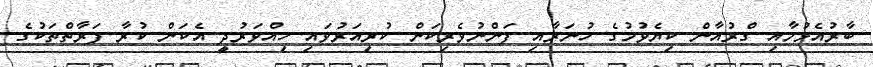
ބާރުއެޅުމާއި ގްރުއާން ކިޔެވުމުގެ ހުނަރާއި ފަންނުވެރިކަން ކުރިއަރުވައި ހިއްވަރުދީ އެކަން ކުރާ ފަރާތްތަކުގެ